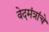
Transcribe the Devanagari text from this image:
वेदमंत्रांचे